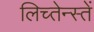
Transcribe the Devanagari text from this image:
लिच्तेन्स्तें